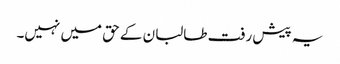
یہ پیش رفت طالبان کے حق میں نہیں۔